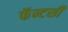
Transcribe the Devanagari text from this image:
फॅन्टसी